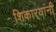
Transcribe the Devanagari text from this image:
शिकार्‍यांनी